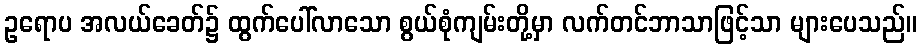
ဥရောပ အလယ်ခေတ်၌ ထွက်ပေါ်လာသော စွယ်စုံကျမ်းတို့မှာ လက်တင်ဘာသာဖြင့်သာ များပေသည်။